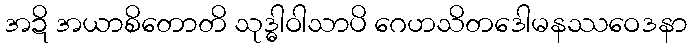
အဍိ အယာစိတောတိ သုဒ္ဓါဝါသာပိ ဂေဟသိတဒေါမနဿဝေဒနာ